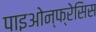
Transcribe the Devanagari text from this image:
पाइओन्फ्रेसिस